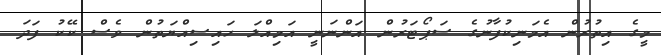
މީގެ އިތުރުން އެމަނިކުފާނުުގެ ސަޕޯޓަރުން އަންނަނީ އަމިއްލަ ހައިސިއްޔަތުން ވެސް ކޭކު ފަދަ